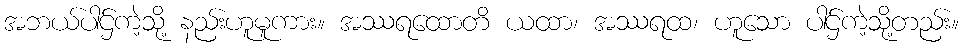
အဘယ်ပါဌ်ကဲ့သို့ နည်းဟူမူကား။ အဿရထောတိ ယထာ၊ အဿရထ၊ ဟူသော ပါဌ်ကဲ့သို့တည်း။